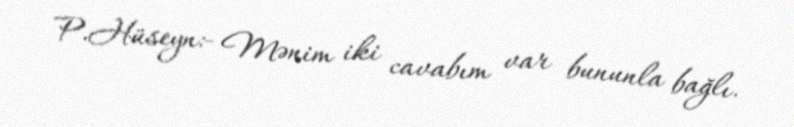
P.Hüseyn:- Mənim iki cavabım var bununla bağlı.